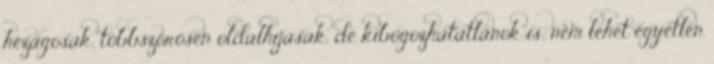
hézagosak, többszörösen oldalhíjasak, de kibogozhatatlanok is; nem lehet egyetlen